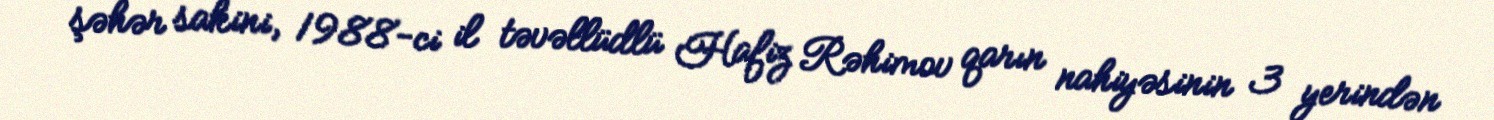
şəhər sakini, 1988-ci il təvəllüdlü Hafiz Rəhimov qarın nahiyəsinin 3 yerindən